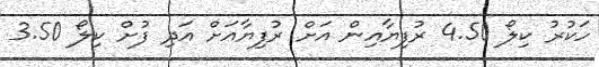
ހަކުރު ކިލޯޯ 4.50 ރުފިޔާއިން އަށް ރުފިޔާއަށް އަދި ފުށް ކިލޯ 3.50